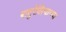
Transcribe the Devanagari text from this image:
बादुरेलियाच्या